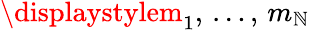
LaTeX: \displaystylem_{1},\, \ldots,\, m_{\mathbb{N}}